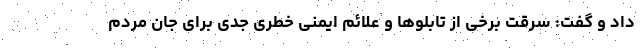
داد و گفت: سرقت برخی از تابلوها و علائم ایمنی خطری جدی برای جان مردم